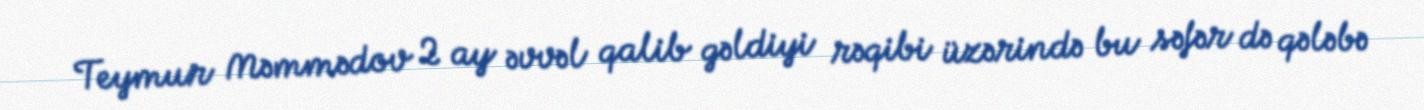
Teymur Məmmədov 2 ay əvvəl qalib gəldiyi rəqibi üzərində bu səfər də qələbə